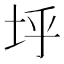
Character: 垀